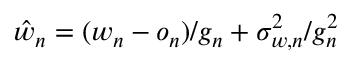
\hat { w } _ { n } = ( w _ { n } - o _ { n } ) / g _ { n } + \sigma _ { w , n } ^ { 2 } / g _ { n } ^ { 2 }